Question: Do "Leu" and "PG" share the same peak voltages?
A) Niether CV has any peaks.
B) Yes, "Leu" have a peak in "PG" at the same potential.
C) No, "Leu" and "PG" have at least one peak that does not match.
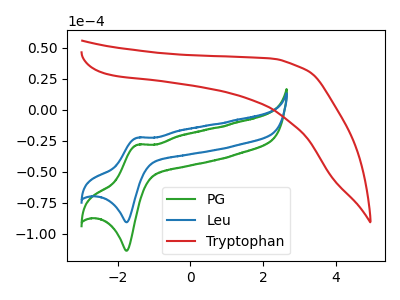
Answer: <think>The green curve "PG" has an anodic peak at (-1.45V, -28.20uA) and a cathodic peak at (-1.75V, -113.55uA). The blue curve "Leu" has an anodic peak at (-1.45V, -22.50uA) and a cathodic peak at (-1.75V, -90.60uA). The red curve "Tryptophan" has no peaks.</think>
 <answer>B) Yes, "Leu" have a peak in "PG" at the same potential.</answer>
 <eval>B</eval>